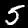
Digit: 5